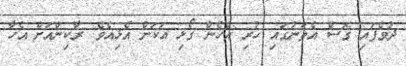
ދުވެފައި ގޮސް އެތަނުގައި ހުރި އެހެން ގޯޅި އަކަށް އެޅިއެވެ. ރާކިންއަށް އެހާ